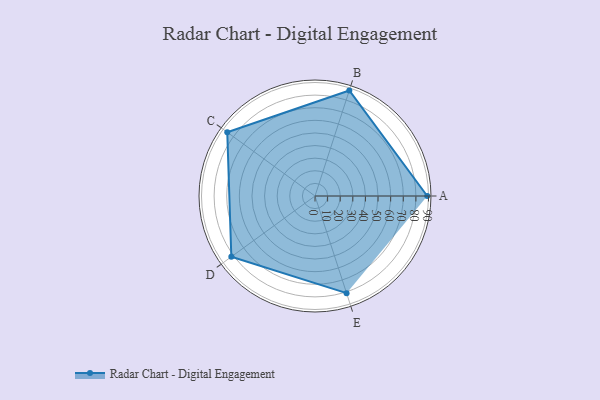
{"axis": {"x": "Skill", "y": "Score"}, "legend": ["Profile"], "data": [{"x": "A", "y": 89.0, "type": "Profile"}, {"x": "B", "y": 88.0, "type": "Profile"}, {"x": "C", "y": 86.0, "type": "Profile"}, {"x": "D", "y": 82.0, "type": "Profile"}, {"x": "E", "y": 81.0, "type": "Profile"}]}